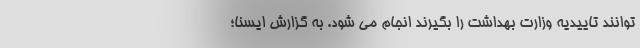
توانند تاییدیه وزارت بهداشت را بگیرند انجام می شود. به گزارش ایسنا؛